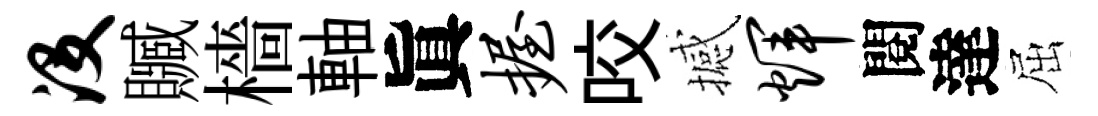
没贓檣軸眞握咬撼辉閱達屈